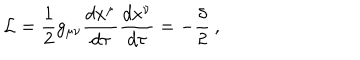
LaTeX: { \cal { L } } = \frac { 1 } { 2 } g _ { \mu \nu } \frac { d x ^ { \mu } } { d \tau } \frac { d x ^ { \nu } } { d \tau } = - \frac { \delta } { 2 } \: ,